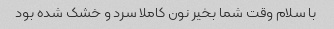
با سلام وقت شما بخیر نون کاملا سرد و خشک شده بود